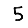
Digit: 5